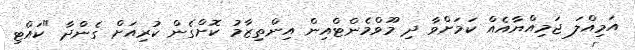
އަމިއްލަ ޖަމިއްޔާއެއް ކަމަށްވާ ދި މޫވްމެންޓްއިން އިންތިޒާމު ކޮށްގެން ކުރިއަށް ގެންދާ "ކައްޓި